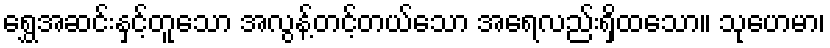
ရွှေအဆင်းနှင့်တူသော အလွန့်တင့်တယ်သော အရေလည်းရှိထသော။ သုဟေမာ၊